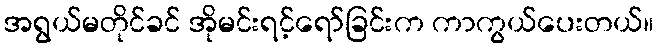
အရွယ်မတိုင်ခင် အိုမင်းရင့်ရော်ခြင်းက ကာကွယ်ပေးတယ်။